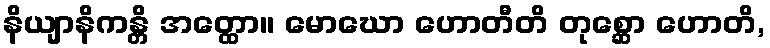
နိယျာနိကန္တိ အတ္ထော။ မောဃော ဟောတီတိ တုစ္ဆော ဟောတိ,